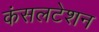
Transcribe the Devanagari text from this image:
कंसलटेशन